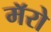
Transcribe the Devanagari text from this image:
मॅरो